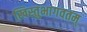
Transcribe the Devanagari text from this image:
खिस्तुभागवतम्